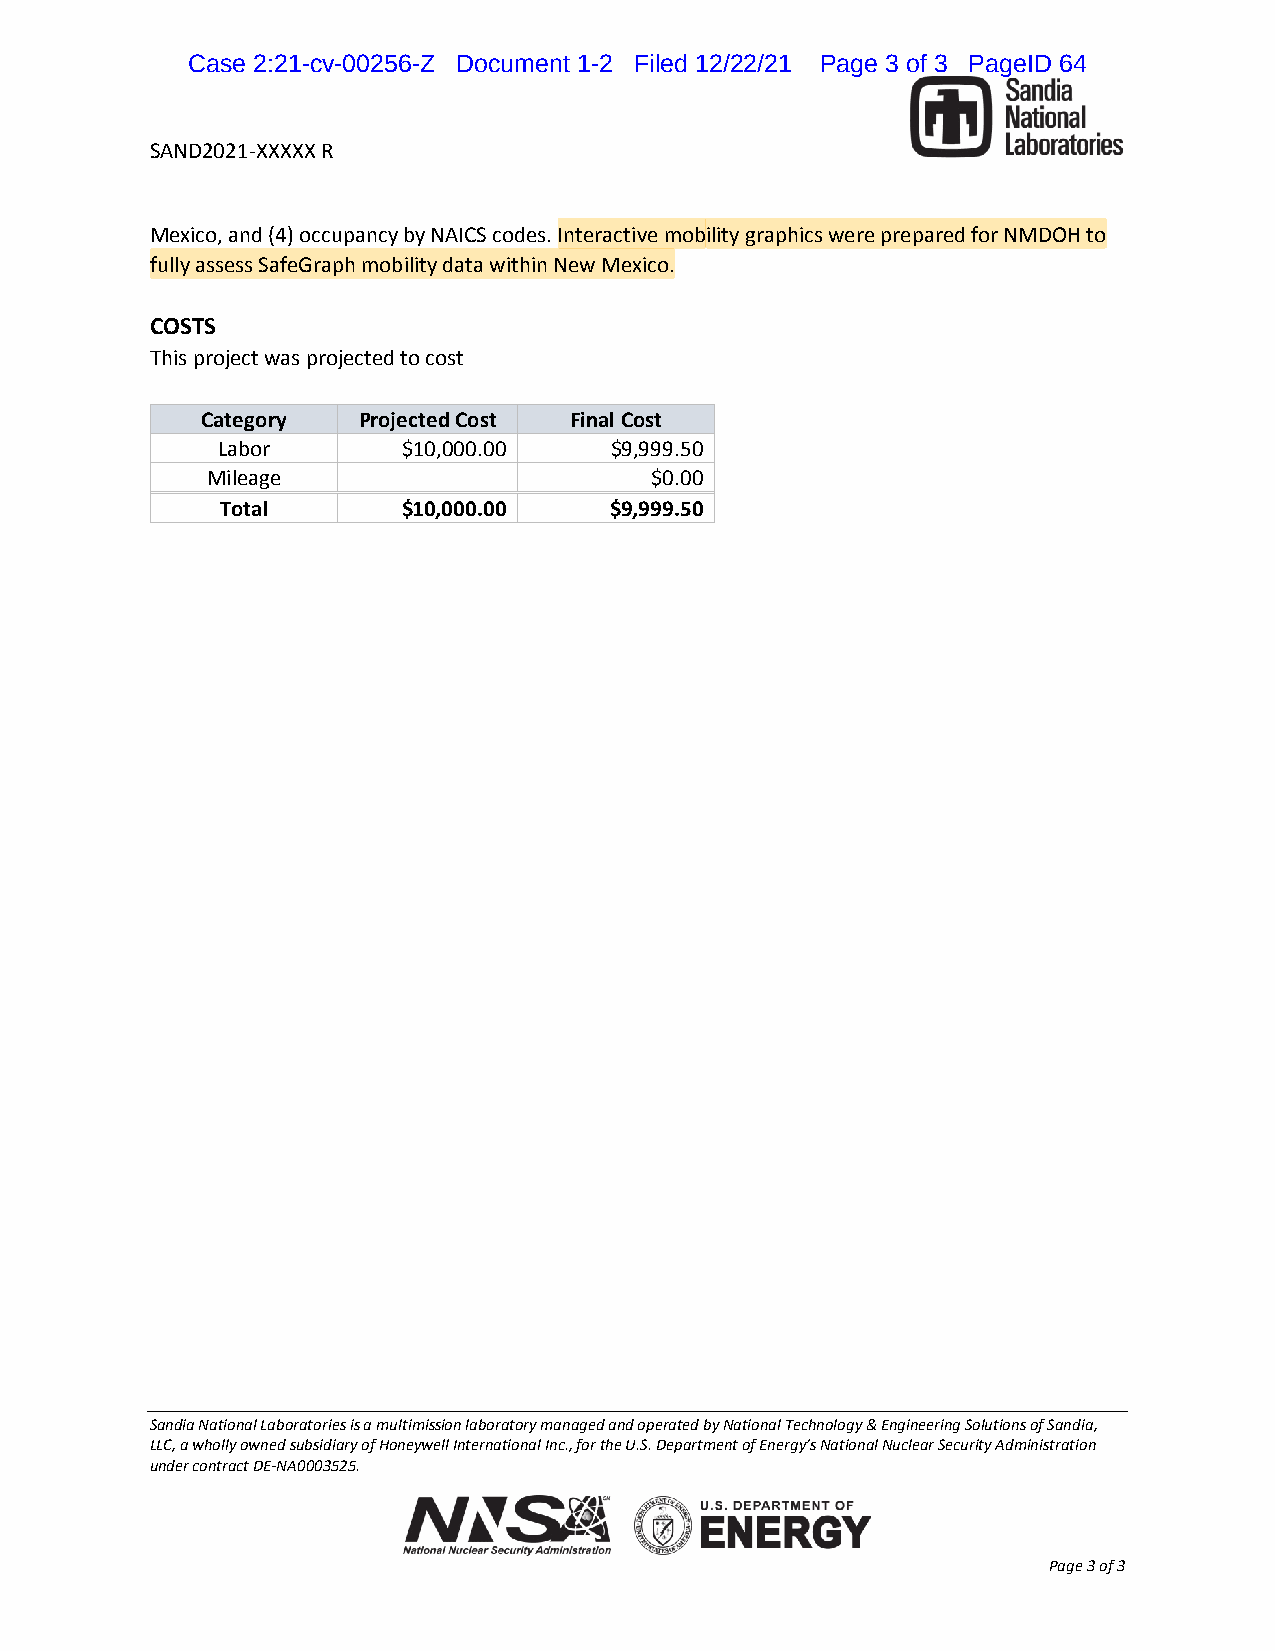
CCaassee 22::2211--ccvv--0000225566--ZZ DDooccuummeenntt 11--22 FFiilleedd 1122//2222//2211 PPaaggee 33 ooff 33 PPaaggeeIIDD 6644
 SAND2021-XXXXX R
 Mexico, and (4) occupancy by NAICS codes. Interactive mobility graphics were prepared for NMDOH to
 fully assess SafeGraph mobility data within New Mexico.
 COSTS
 This project was projected to cost
 Category   Projected Cost Final Cost
 Labor        $10,000.00   $9,999.50
 Mileage                      $0.00
 Total       $10,000.00   $9,999.50
 Sandia National Laboratories is a multimission laboratory managed and operated by National Technology & Engineering Solutions of Sandia,
 LLC, a wholly owned subsidiary of Honeywell International Inc., for the U.S. Department of Energy’s National Nuclear Security Administration
 under contract DE-NA0003525.
 Page 3 of 3